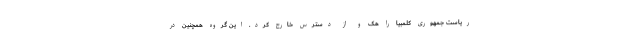
ریاست جمهوری کلمبیا را هک و از دسترس خارج کرد. این گروه همچنین در